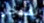
بمتجر